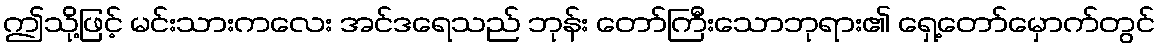
ဤသို့ဖြင့် မင်းသားကလေး အင်ဒရေသည် ဘုန်း တော်ကြီးသောဘုရား၏ ရှေ့တော်မှောက်တွင်